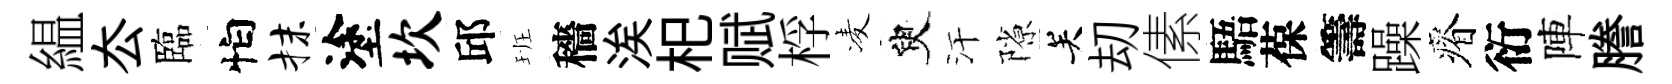
緼厺臨怕抹塗坎邱班穡涘𣏌赋桴凌臾汗隙关刧傃䮏葆籌躁瘠衍陣謄